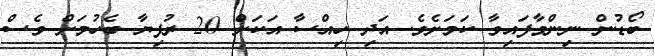
ބޯޑުން ނިންމާފައިވާ ކަމަށެވެ. އަދި ހިއްސާ އަކަށް 20 ރުފިޔާ ބެހުމަށް ވެސް